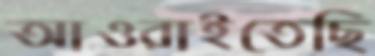
আওরাইতেছি